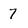
Character: 7